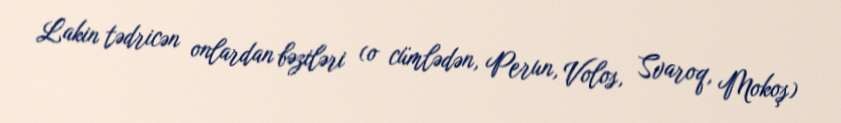
Lakin tədricən onlardan bəziləri (o cümlədən, Perun, Volos, Svaroq, Mokoş)